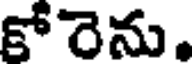
కోరెను.